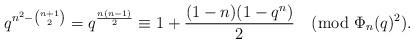
LaTeX: \begin{align*}q^{n^2-{n+1\choose 2}}=q^{\frac{n(n-1)}{2}}\equiv 1+\frac{(1-n)(1-q^n)}{2}\pmod{\Phi_n(q)^2}.\end{align*}